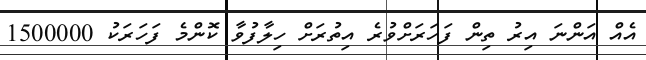
އެއް އަންނަ އިރު ތިން ފަހަރަށްވުރެ އިތުރަށް ހިލާފުވާ ކޮންމެ ފަހަރަކު 1500000